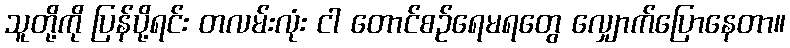
သူတို့ကို ပြန်ပို့ရင်း တလမ်းလုံး ငါ တောင်စဉ်ရေမရတွေ လျှောက်ပြောနေတာ။